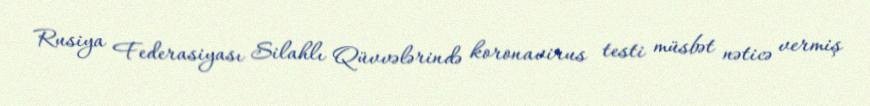
Rusiya Federasiyası Silahlı Qüvvələrində koronavirus testi müsbət nəticə vermiş